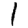
Digit: 1